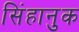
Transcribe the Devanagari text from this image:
सिंहानुक